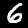
Digit: 6